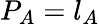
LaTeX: P_{A}=l_{A}